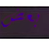
بعض